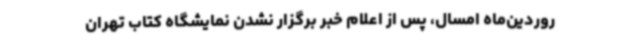
روردین‌ماه امسال، پس از اعلام خبر برگزار نشدن نمایشگاه کتاب تهران